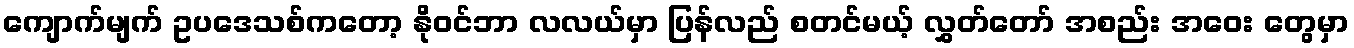
ကျောက်မျက် ဥပဒေသစ်ကတော့ နိုဝင်ဘာ လလယ်မှာ ပြန်လည် စတင်မယ့် လွှတ်တော် အစည်း အဝေး တွေမှာ